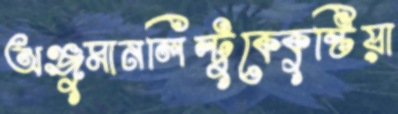
অঞ্জুমানলিল্টুকেকুষ্টিয়া